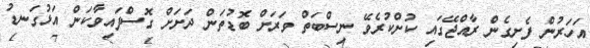
އަހަރުން ފެށިގެން ރާއްޖޭގައި ކުށްކުރެވޭ ނިސްބަތް ވަރަށް ބޮޑުތަން ދަށަށް ގޮސްފައިވާކަން އަޅުގަނޑު